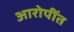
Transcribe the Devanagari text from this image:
आरोपींत